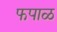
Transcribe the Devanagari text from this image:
फपाळ